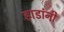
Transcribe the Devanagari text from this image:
हाडांनी